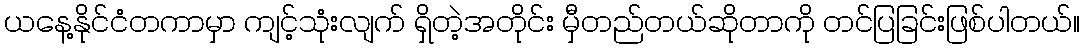
ယနေ့နိုင်ငံတကာမှာ ကျင့်သုံးလျက် ရှိတဲ့အတိုင်း မှီတည်တယ်ဆိုတာကို တင်ပြခြင်းဖြစ်ပါတယ်။